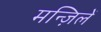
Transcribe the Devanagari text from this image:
मन्ज़िलें